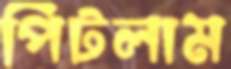
পিটলাম